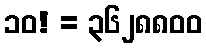
၁၀! = ၃၆၂၈၈၀၀